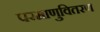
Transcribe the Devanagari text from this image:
परमाणुवितरण